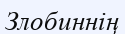
Злобиннің